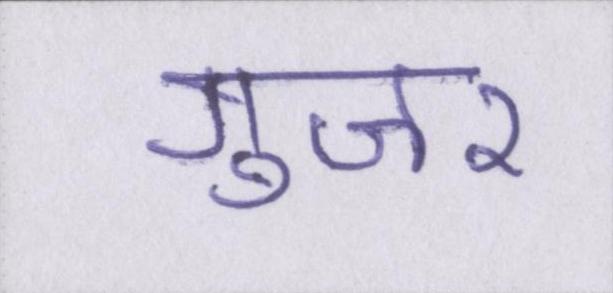
गुजर